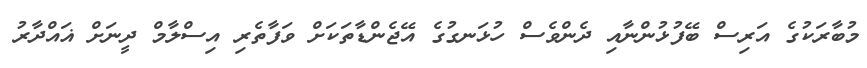
މުބާރަކުގެ އަރިސް ބޭފުޅުންނާއި ދެންވެސް ހުޅަނގުގެ އޭޖެންޑާތަކަށް ވަފާތެރި އިސްލާމް ދީނަށް ޣައްދާރު